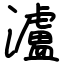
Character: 瀘